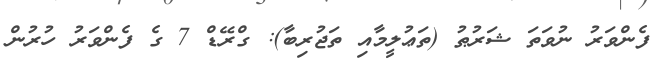
ފެންވަރު ނުވަތަ ޝަރުޠު (ތަޢުލީމާއި ތަޖުރިބާ): ގްރޭޑް 7 ގެ ފެންވަރު ހުރުން